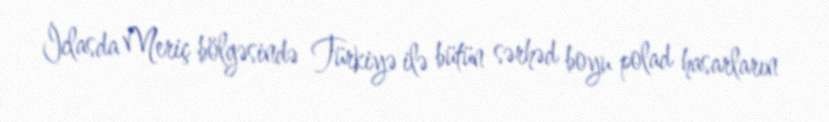
İclasda Meriç bölgəsində Türkiyə ilə bütün sərhəd boyu polad hasarların